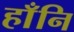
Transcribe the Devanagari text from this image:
हाँनि